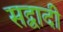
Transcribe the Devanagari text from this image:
सद्वादी